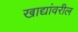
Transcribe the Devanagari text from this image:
खाद्यांवरील